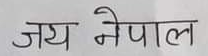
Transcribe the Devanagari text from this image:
जय नेपाल